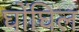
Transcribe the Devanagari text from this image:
घोंघिल